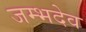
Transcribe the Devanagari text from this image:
जम्भदेव